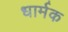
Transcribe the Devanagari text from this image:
धार्मक